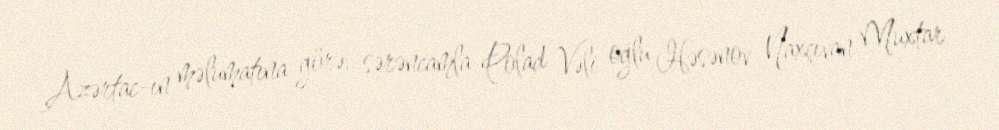
Azərtac-ın məlumatına görə, sərəncamla Polad Vəli oğlu Həsənov Naxçıvan Muxtar